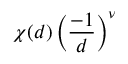
\chi ( d ) \left( { \frac { - 1 } { d } } \right) ^ { \nu }